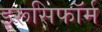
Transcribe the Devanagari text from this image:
इरूसिफॉर्म